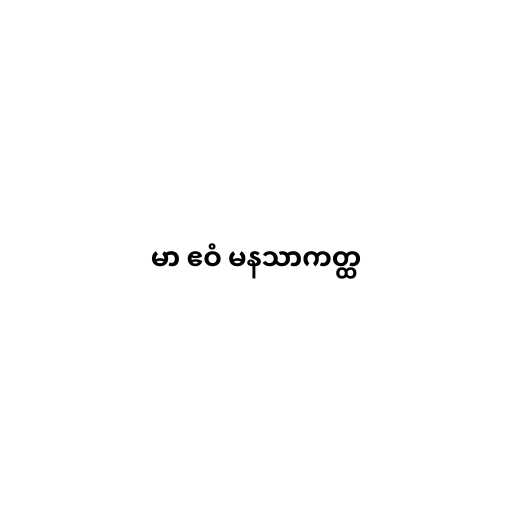
မာ ဧဝံ မနသာကတ္ထ